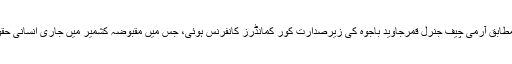
پاک فوج کے شعبہ برائے تعلقات عامہ (آئی ایس پی آر) کے مطابق آرمی چیف جنرل قمرجاوید باجوہ کی زیرصدارت کور کمانڈرز کانفرنس ہوئی، جس میں مقبوضہ کشمیر میں جاری انسانی حقوق کی خلاف ورزیوں سمیت دیگر امور پر تبادلہ خیال کیا گیا۔